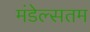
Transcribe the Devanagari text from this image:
मंडेल्सतम